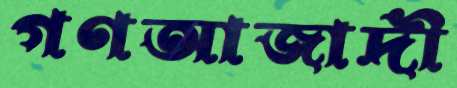
গণআজাদী